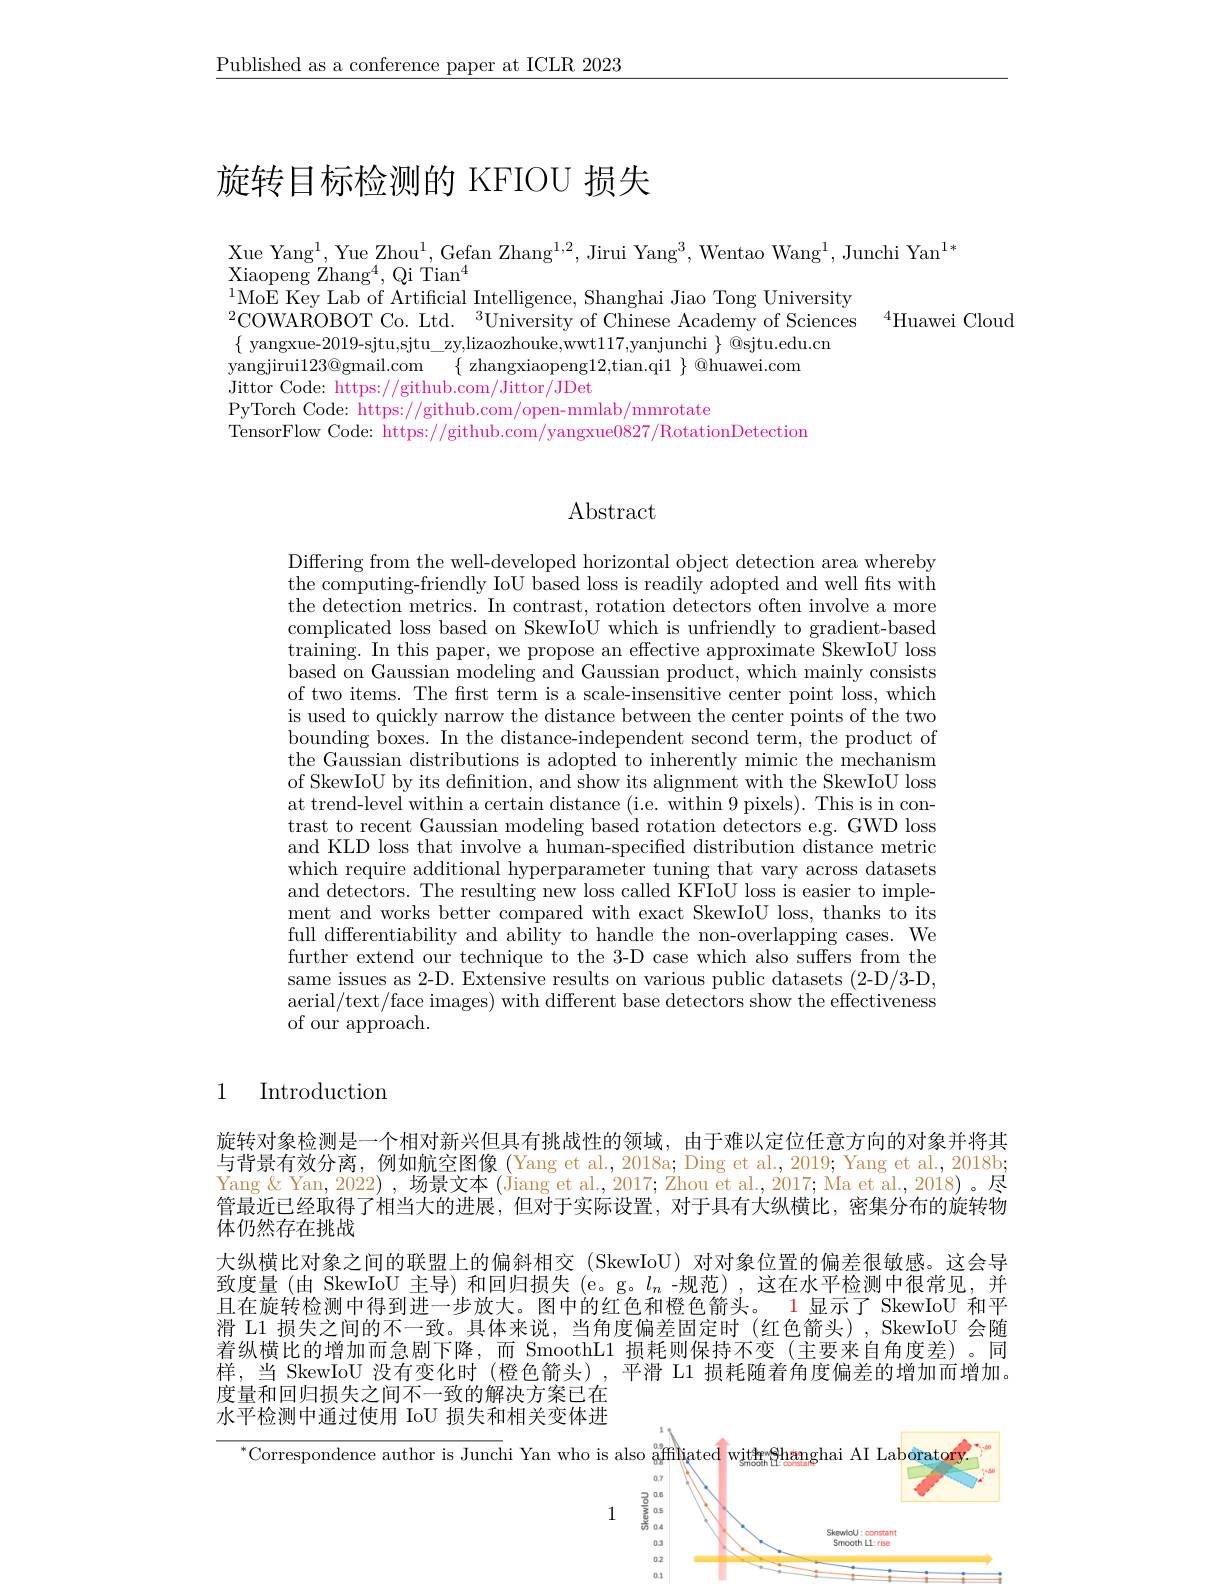
$\underline{\text{Published as a conference paper at ICLR 2023}}$

# 旋转目标检测的 KFIOU 损失

Xue Yang$^1$, Yue Zhou$^1,\text{Gefan Zhang}^{1,2}$, Jirui Yang$^3$, Wentao Wang$^1$, Junchi Yan$^1*$

Xiaopeng Zhan$g^{4}$, Qi Tia$n^{4}$
${}^{1}$MoE Key Lab of Artificial Intelligence, Shanghai Jiao Tong University
$^{2}$COWAROBOT Co. Ltd.$^3$University of Chinese Academy of Sciences$^{4}$Huawei Cloud
$\{$ yangxue-2019-sjtu,sjtu\_zy,lizaozhouke,wwt117,yanjunchi $\}$ @sjtu.edu.cn
yangjirui$123@$gmail.com $\{$zhangxiaopeng12,tian.qil $\}$@huawei.com
Jittor Code: https://github.com/Jittor/JDet
PyTorch Code: https://github.com/open-mmlab/mmrotate
TensorFlow Code: https://github.com/yangxue0827/RotationDetection

## $\operatorname{Abstract}$

Differing from the well-developed horizontal object detection area whereby the computing-friendly IoU based loss is readily adopted and well fts with the detection metrics. In contrast, rotation detectors often involve a more complicated loss based on SkewIoU which is unfriendly to gradient-based training. In this paper, we propose an effective approximate SkewIoU loss based on Gaussian modeling and Gaussian product, which mainly consists of two items. The frst term is a scale-insensitive center point loss, which is used to quickly narrow the distance between the center points of the two bounding boxes. In the distance-independent second term, the product of the Gaussian distributions is adopted to inherently mimic the mechanism of SkewIoU by its defnition, and show its alignment with the SkewIoU loss at trend-level within a certain distance (i.e. within 9 pixels). This is in contrast to recent Gaussian modeling based rotation detectors e.g. GWD loss and KLD loss that involve a human-specified distribution distance metric which require additional hyperparameter tuning that vary across datasets and detectors. The resulting new loss called KFIoU loss is easier to implement and works better compared with exact SkewIoU loss, thanks to its full differentiability and ability to handle the non-overlapping cases. We further extend our technique to the 3-D case which also suffers from the same issues as 2-D. Extensive results on various public datasets (2-D/3-D, aerial/text/face images) with different base detectors show the effectiveness of our approach.

# 1 Introduction

旋转对象检测是一个相对新兴但具有挑战性的领域，由于难以定位任意方向的对象并将其与背景有效分离，例如航空图像(Yang et al.,2018a; Ding et al.,2019; Yang et al., 2018b; Yang & Yan, 2022) , 场景文本(Jiang et al., 2017; Zhou et al., 2017; Ma et al., 2018) 。尽管最近已经取得了相当大的进展，但对于实际设置，对于具有大纵横比，密集分布的旋转物体仍然存在挑战
大纵横比对象之间的联盟上的偏斜相交 (SkewIoU) 对对象位置的偏差很敏感。这会导致度量(由 SkewIoU 主导)和回归损失(e。g。$l_n$-规范),这在水平检测中很常见，并且在旋转检测中得到进一步放大。图中的红色和橙色箭头。1 显示了 SkewIoU 和平滑 L1 损失之间的不一致。具体来说，当角度偏差固定时(红色箭头), SkewIoU 会随着纵横比的增加而急剧下降，而 SmoothL1 损耗则保持不变(主要来自角度差)。同样，当 SkewIoU 没有变化时 (橙色箭头),平滑 L1 损耗随着角度偏差的增加而增加度量和回归损失之间不一致的解决方案已在水平检测中通过使用 IoU 损失和相关变体进

$^*$Corresnondence author is Junchi Yan who is also
<FigureHere>